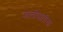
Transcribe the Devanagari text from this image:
जातीपातीचा